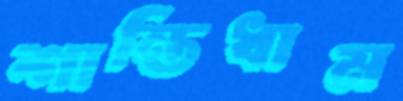
শান্তিধাম